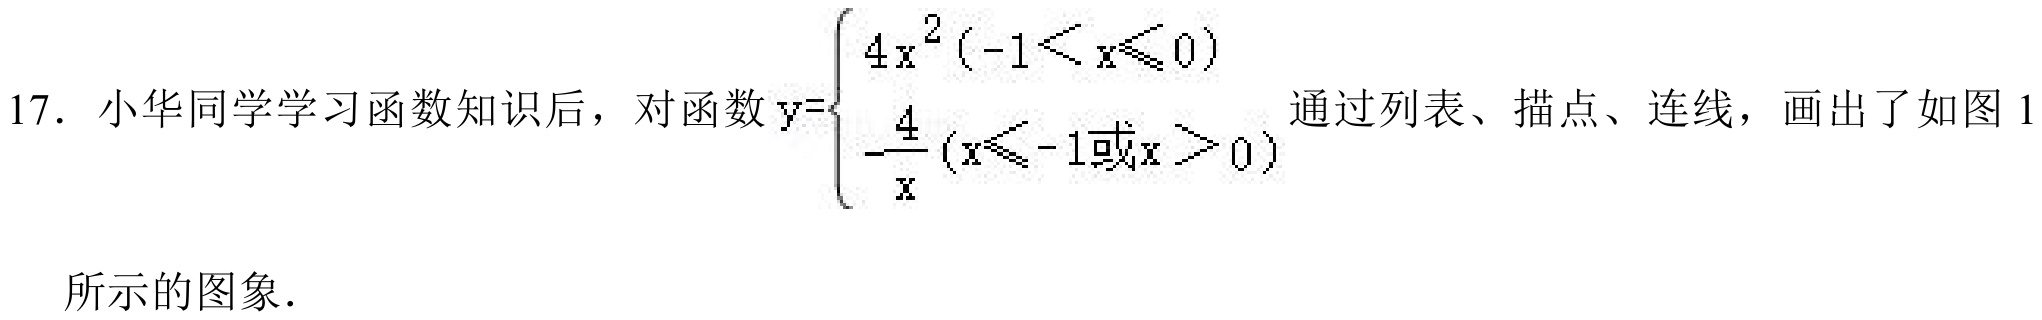
17. 小华同学学习函数知识后，对函数$y=\begin{cases}4x^{2}(-1 < x\leqslant0)\\-\dfrac{4}{x}(x\leqslant - 1或x>0)\end{cases}$通过列表、描点、连线，画出了如图1所示的图象.